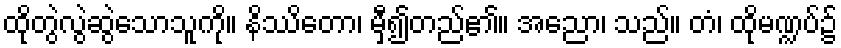
ထိုတွဲလွဲဆွဲသောသူကို။ နိဿိတော၊ မှီ၍တည်၏။ အညော၊ သည်။ တံ၊ ထိုမဏ္ဍပ်၌